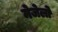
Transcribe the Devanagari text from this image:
मेजेलो